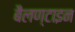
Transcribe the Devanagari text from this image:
बैलण्टाइन